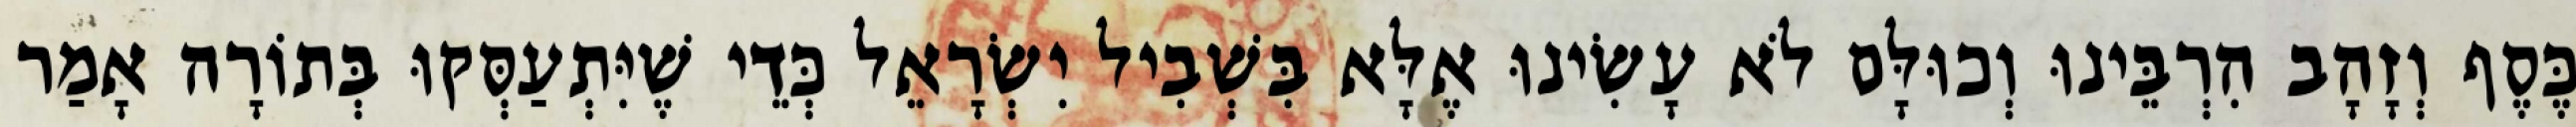
כֶּסֶף וְזָהָב הִרְבֵּינוּ וְכוּלָּם לֹא עָשִׂינוּ אֶלָּא בִּשְׁבִיל יִשְׂרָאֵל כְּדֵי שֶׁיִּתְעַסְּקוּ בְּתוֹרָה אָמַר